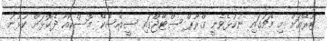
ޓޫރޭއަށް މި މެޗުގައި ނުކުޅެވެނީ ގްރޫޕް ސްޓޭޖްގައި ސީއެސްކޭ މޮސްކޯއާ ދެކޮޅަށް ކުޅުނު